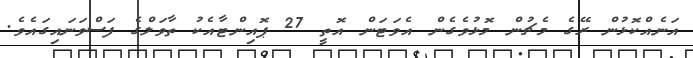
އަނެއްކޮޅުން ރޭގެ މެޗުން މޮޅުވެގެން އެވަޓަން އޮތީ 27 ޕޮއިންޓާއެކު ތާވަލްގެ ފަސްވަނައިގައެވެ.